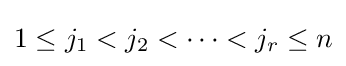
1\leq j_{1}<j_{2}<\cdots <j_{r}\leq n